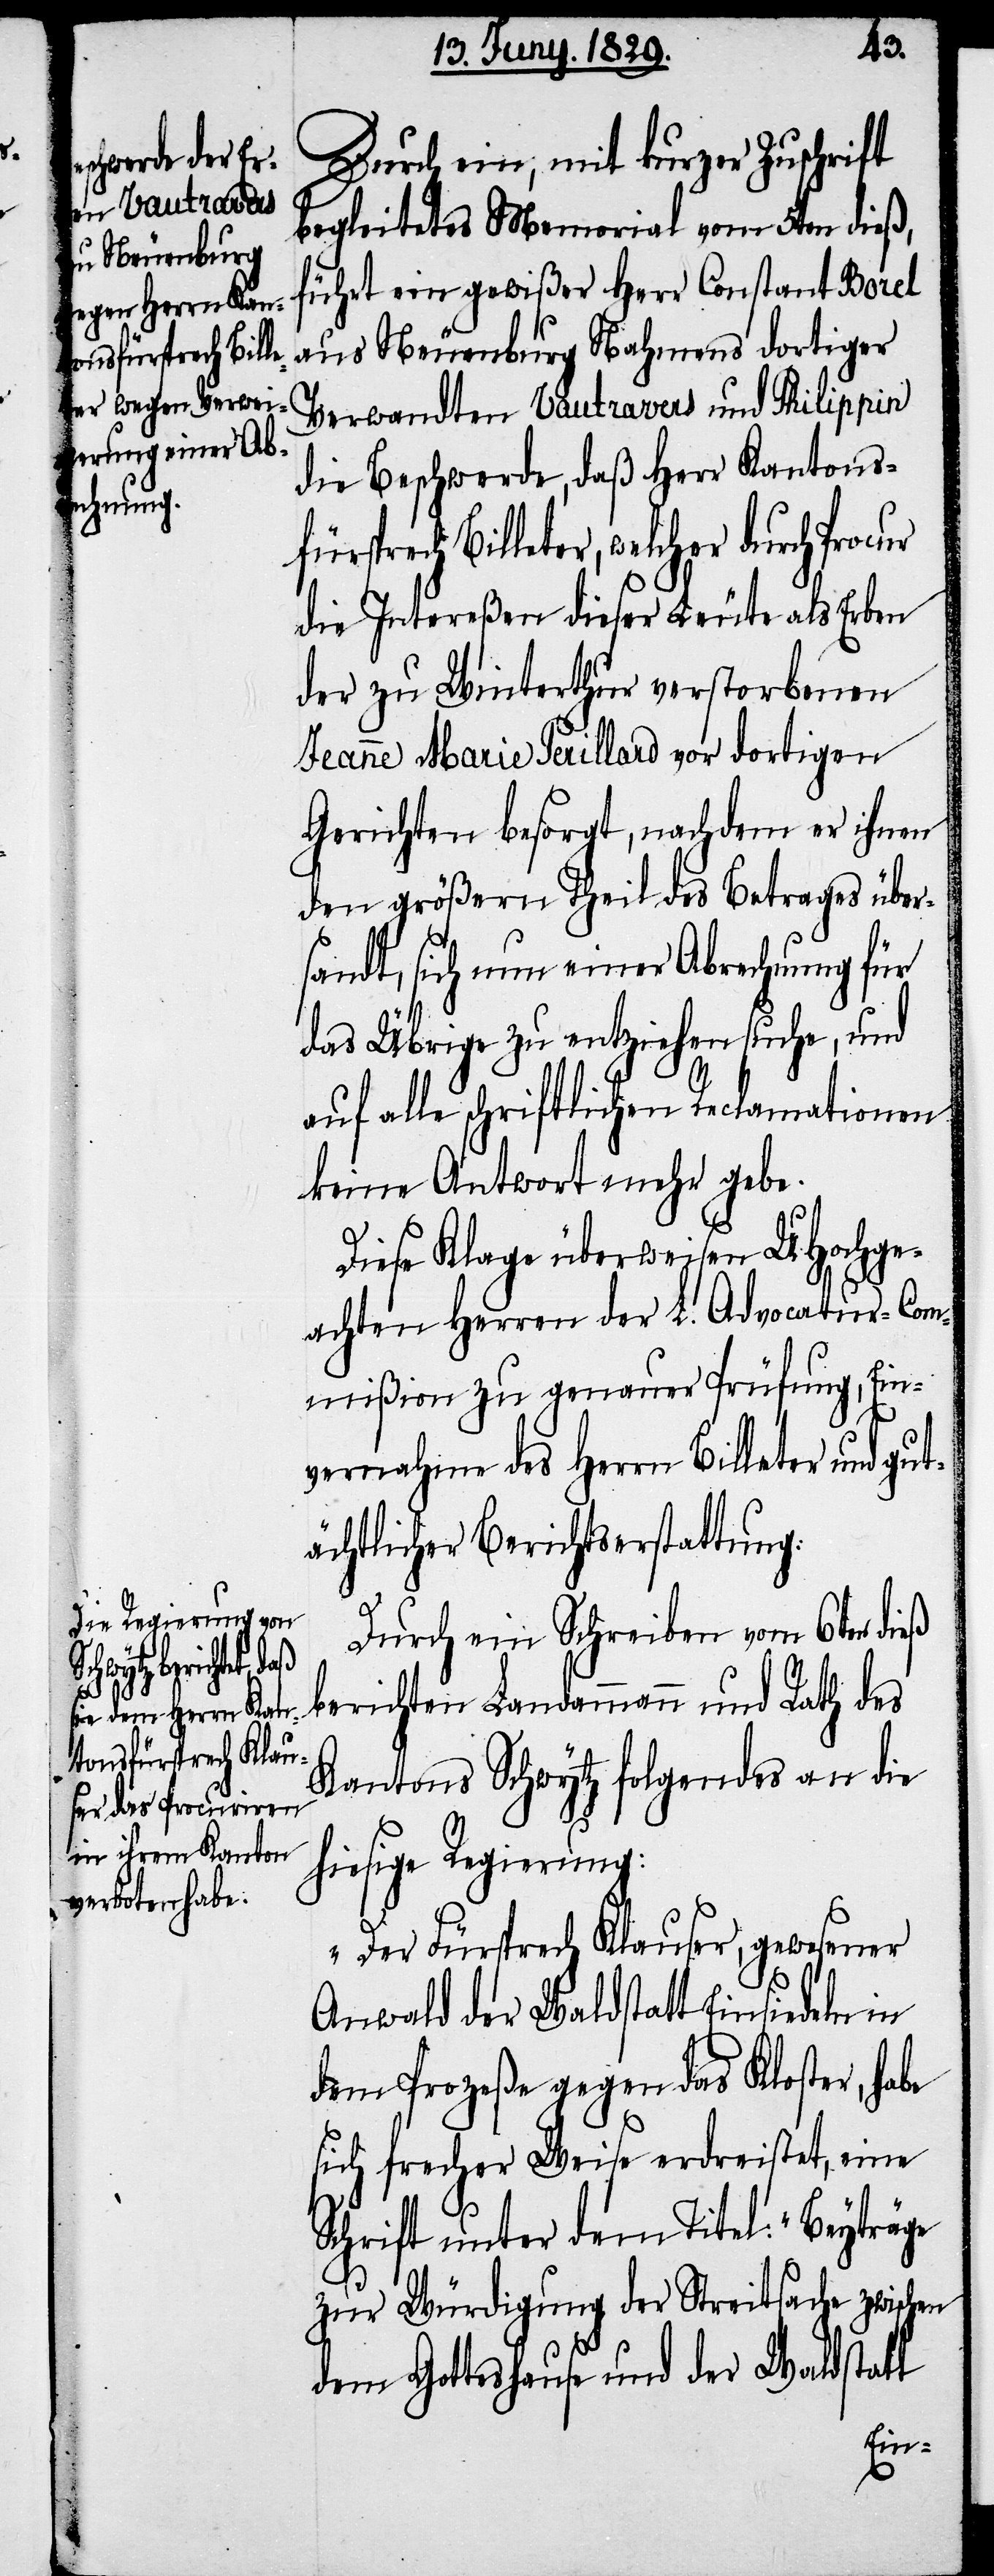
t¬

Durch ein, mit kurzer Zuschrift
begleitetes Memorial vom 5ten dieß,
führt ein gewißer Herr Constant Borel
aus Neuenburg Nahmens dortiger
Verwandten Vautravers und Philippin
die Beschwerde, daß Herr Kantons¬
fürsprech Billeter, welcher durch Procur
die Intereßen dieser Leute als Erben
der zu Winterthur verstorbenen
Jeanne Marie Perillard vor dortigen
Gerichten besorgt, nachdem er ihnen
den größten Theil des Betrages über¬
sandt, sich um einer Abrechnung für
das Übrige zu entziehen suche, und
auf alle schriftlichen Reclamationen
keine Antwort mehr gebe.
Diese Klage überweisen UHochge¬
achten Herren der L. Advocatur-Com¬
mißion zu genauer Prüfung, Ein¬
vernahme des Herrn Billeter und gu¬
ächtlicher Berichtserstattung.
Durch ein Schreiben vom 6ten dieß
berichten Landammann und Rath des
Kantons Schwytz folgendes an die
hiesige Regierung:
„Der Fürsprech Klauser, gewesener
Anwald der Waldstatt Einsiedeln in
dem Prozeße gegen das Kloster, habe
sich frecher Weise erdreistet, eine
Schrift unter dem Titel: „Beyträge
zur Würdigung der Streitsache zwischen
dem Gotteshause und der Waldstatt